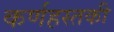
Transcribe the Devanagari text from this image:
कर्णहस्तकी